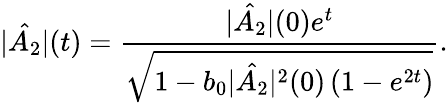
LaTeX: |\hat{A_{2}}|(t)=\frac{|\hat{A_{2}}|(0)e^{t}}{\sqrt{1-b_{0}|\hat{A_{2}}|^{2}(0)\left(1-e^{2t}\right)}}.